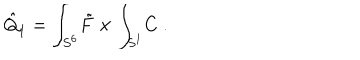
\hat { Q } _ { 1 } = \int _ { S ^ { 6 } } \! \tilde { F } \times \int _ { S ^ { 1 } } \! C \ .